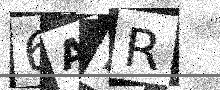
Text: 6ADR